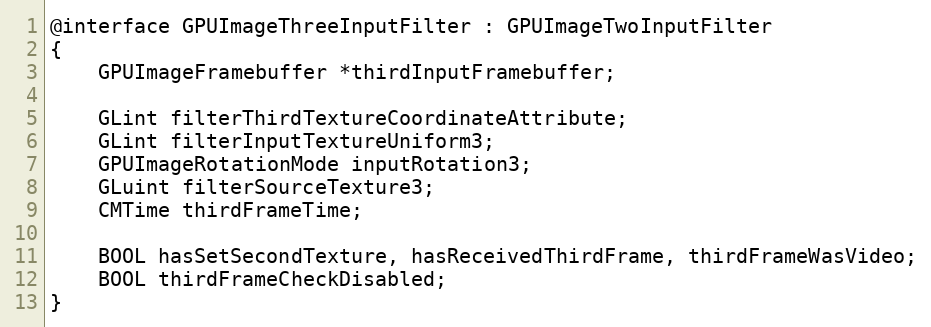
Language: C
@interface GPUImageThreeInputFilter : GPUImageTwoInputFilter
{
    GPUImageFramebuffer *thirdInputFramebuffer;

    GLint filterThirdTextureCoordinateAttribute;
    GLint filterInputTextureUniform3;
    GPUImageRotationMode inputRotation3;
    GLuint filterSourceTexture3;
    CMTime thirdFrameTime;

    BOOL hasSetSecondTexture, hasReceivedThirdFrame, thirdFrameWasVideo;
    BOOL thirdFrameCheckDisabled;
}